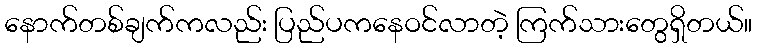
နောက်တစ်ချက်ကလည်း ပြည်ပကနေဝင်လာတဲ့ ကြက်သားတွေရှိတယ်။